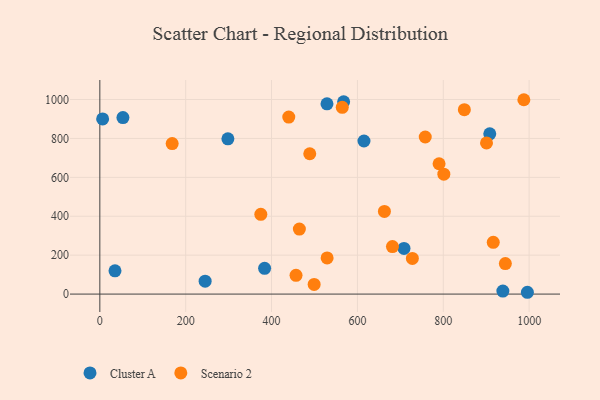
{"axis": {"x": "Investment", "y": "Rating"}, "legend": ["Cluster A", "Scenario 2"], "data": [{"x": "6.5", "y": 900.5, "type": "Cluster A"}, {"x": "245.3", "y": 66.5, "type": "Cluster A"}, {"x": "938.8", "y": 15.4, "type": "Cluster A"}, {"x": "529.1", "y": 977.8, "type": "Cluster A"}, {"x": "995.9", "y": 9.3, "type": "Cluster A"}, {"x": "567.9", "y": 988.6, "type": "Cluster A"}, {"x": "298.3", "y": 797.9, "type": "Cluster A"}, {"x": "383.8", "y": 132.4, "type": "Cluster A"}, {"x": "908.3", "y": 823.9, "type": "Cluster A"}, {"x": "708.5", "y": 234.9, "type": "Cluster A"}, {"x": "35.3", "y": 119.8, "type": "Cluster A"}, {"x": "615.3", "y": 786.8, "type": "Cluster A"}, {"x": "53.8", "y": 907.2, "type": "Cluster A"}, {"x": "464.8", "y": 334.4, "type": "Scenario 2"}, {"x": "168.5", "y": 773.6, "type": "Scenario 2"}, {"x": "944.6", "y": 156.8, "type": "Scenario 2"}, {"x": "440.1", "y": 909.8, "type": "Scenario 2"}, {"x": "790.2", "y": 669.8, "type": "Scenario 2"}, {"x": "916.4", "y": 266.2, "type": "Scenario 2"}, {"x": "529.4", "y": 186.1, "type": "Scenario 2"}, {"x": "900.7", "y": 776.7, "type": "Scenario 2"}, {"x": "457.0", "y": 96.3, "type": "Scenario 2"}, {"x": "758.0", "y": 807.4, "type": "Scenario 2"}, {"x": "987.7", "y": 999.0, "type": "Scenario 2"}, {"x": "849.1", "y": 948.1, "type": "Scenario 2"}, {"x": "375.0", "y": 410.1, "type": "Scenario 2"}, {"x": "489.0", "y": 721.4, "type": "Scenario 2"}, {"x": "499.2", "y": 49.9, "type": "Scenario 2"}, {"x": "728.0", "y": 183.2, "type": "Scenario 2"}, {"x": "564.7", "y": 960.1, "type": "Scenario 2"}, {"x": "801.3", "y": 616.1, "type": "Scenario 2"}, {"x": "662.9", "y": 424.9, "type": "Scenario 2"}, {"x": "681.6", "y": 244.3, "type": "Scenario 2"}]}